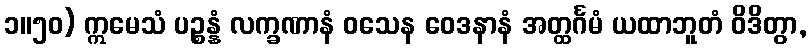
၁။၅၀) ဣမေသံ ပဉ္စန္နံ လက္ခဏာနံ ဝသေန ဝေဒနာနံ အတ္ထင်္ဂမံ ယထာဘူတံ ဝိဒိတွာ,